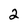
Character: 2